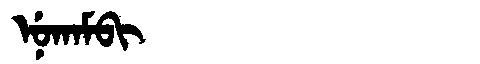
Manchu: ᠨᡠᡴᠠᠮᠪᡳ
Romanization: NUKAMBI